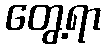
တွေ့ရာ